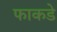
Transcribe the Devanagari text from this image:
फाकडे